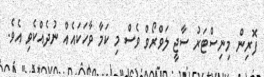
ފޮރިން މިނިސްޓަރު ސާޖީ ލަވްރޯވް ވެސް މި ކަމާ ވާހަކައެއް ނުދެއްކެވި އެވެ.